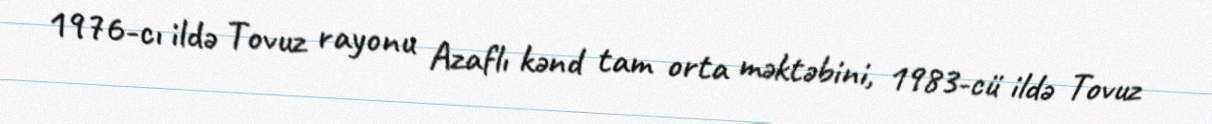
1976-cı ildə Tovuz rayonu Azaflı kənd tam orta məktəbini, 1983-cü ildə Tovuz